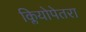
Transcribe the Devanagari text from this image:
क्लियोपेतरा